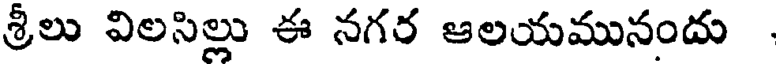
శ్రీలు విలసిల్లు ఈ నగర ఆలయమునందు